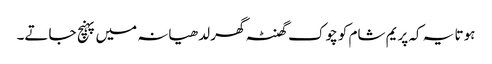
ہوتا یہ کہ پریم شام کو چوک گھنٹہ گھر لدھیانہ میں پہنچ جاتے۔